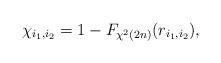
LaTeX: \begin{align*}\chi_{i_1,i_2} = 1 - F_{\chi^2(2n)}(r_{i_1,i_2}),\end{align*}